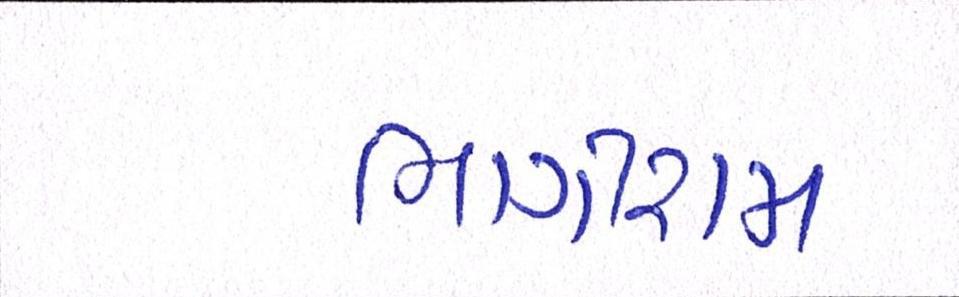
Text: ભાગીરામ